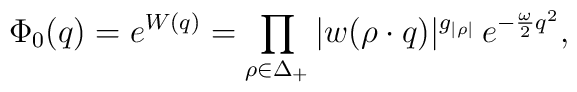
\Phi_0(q)=e^{W(q)}=\prod_{\rho\in\Delta_+}   |w(\rho\cdot q)|^{g_{|\rho|}}\,e^{-{\omega\over2}q^2},